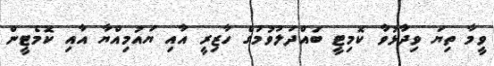
ވީމާ ތިޔަ ވިދާޅުވާ ކޮމިޓީ ބައްދަލުވުމުގެ ހާޒިރީ އާއި ޔައުމިއްޔާ އާއި ކޮމެޓީން